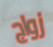
زواج